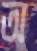
অ